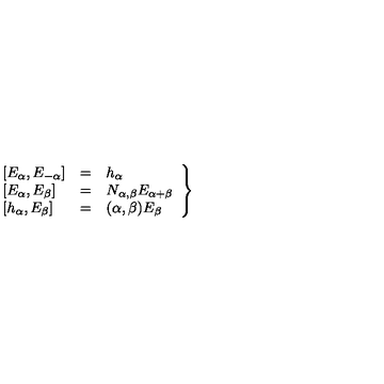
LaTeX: \left. \begin{array} { l c l } { \left[ E _ { \alpha } , E _ { - \alpha } \right] } & { = } & { h _ { \alpha } } \\ { \left[ E _ { \alpha } , E _ { \beta } \right] } & { = } & { N _ { \alpha , \beta } E _ { \alpha + \beta } } \\ { \left[ h _ { \alpha } , E _ { \beta } \right] } & { = } & { ( \alpha , \beta ) E _ { \beta } } \\ \end{array} \right\}